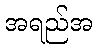
အရည်အ